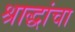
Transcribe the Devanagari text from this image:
श्राद्धांचा